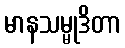
မာနသမ္မုဒိတာ